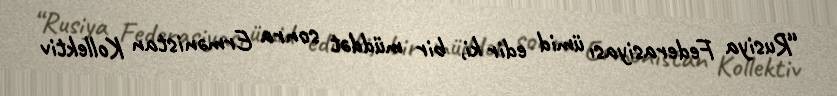
“Rusiya Federasiyası ümid edir ki, bir müddət sonra Ermənistan Kollektiv